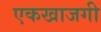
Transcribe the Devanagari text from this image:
एकखाजगी